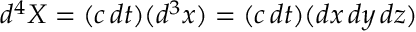
d ^ { 4 } X = ( c \, d t ) ( d ^ { 3 } x ) = ( c \, d t ) ( d x \, d y \, d z )